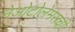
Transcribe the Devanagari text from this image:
नेओटोलेमसची